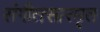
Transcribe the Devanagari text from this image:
संगीतसारमृत